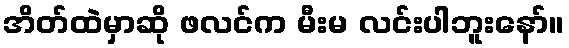
အိတ်ထဲမှာဆို ဖလင်က မီးမ လင်းပါဘူးနော်။